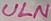
Text: ULN